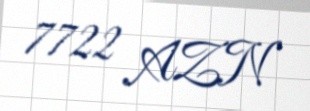
7722 AZN